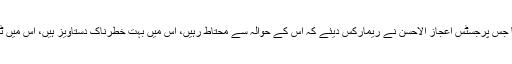
وزیراعظم کے وکیل نے کہا کہ جلد نمبر 4 پرکچھ بات کروں گا جس پرجسٹس اعجاز الاحسن نے ریمارکس دیئے کہ اس کے حوالہ سے محتاط رہیں، اس میں بہت خطرناک دستاویز ہیں، اس میں ٹرسٹ ڈیڈ پر بات ہوئی ہے اور کچھ نتائج بھی اخذ کیے گئے ہیں۔